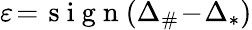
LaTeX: \varepsilon\! =\! \mathrm{~s~i~g~n~}(\Delta_{\# }\! -\! \Delta_{*})